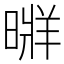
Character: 𣉚